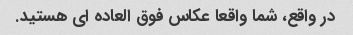
در واقع، شما واقعا عکاس فوق العاده ای هستید.